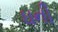
ઘની